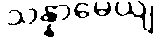
သန္နာမေယျ